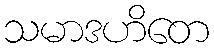
သမာဒဟိတေ